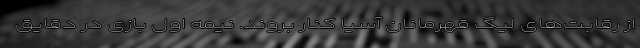
از رقابت‌های لیگ قهرمانان آسیا کنار بروند. نیمه اول بازی در دقایق